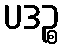
ပဒဉ္စ